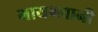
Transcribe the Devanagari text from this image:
मायभवानी